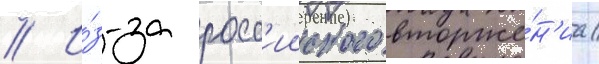
// И́з-за росс'ииского вторже́н'иа